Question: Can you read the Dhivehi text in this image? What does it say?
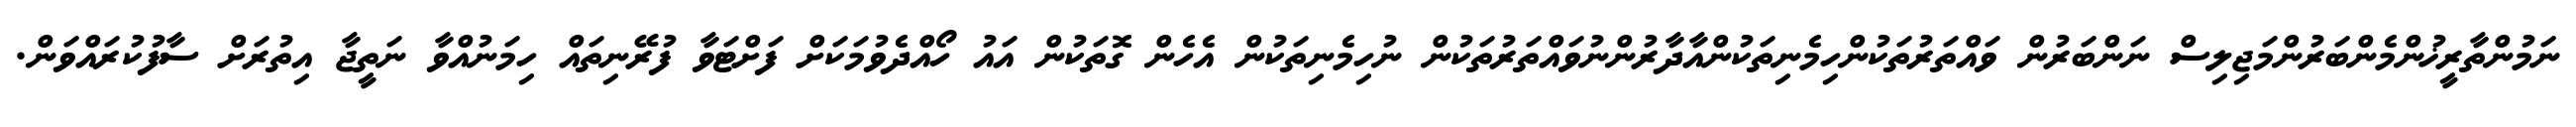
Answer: ނަމުންތާރީޚުންމެންބަރުންމަޖިލިސް ނަންބަރުން ވައްތަރުތަކުންހިމެނިތަކުންއާދާރުންނުވައްތަރުތަކުން ނުހިމެނިތަކުން އެހެން ގޮތަކުން އައު ހޯއްދެވުމަކަށް ފަށްޓަވާ ފުރޭނިތައް ހިމަނުއްވާ ނަތީޖާ އިތުރަށް ސާފުކުރައްވަން.